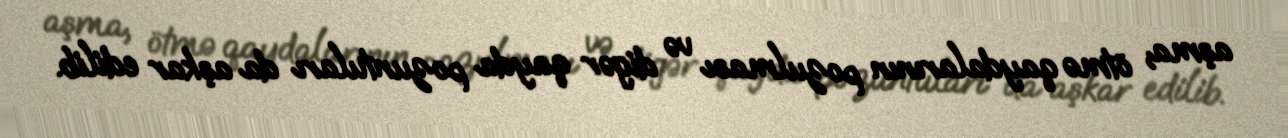
aşma, ötmə qaydalarının pozulması və digər qayda pozuntuları da aşkar edilib.